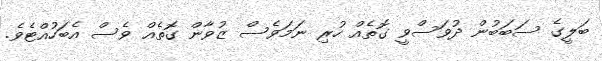
ބަލީގެ ސަބަބުން ދުވަސްވީ ގޮތެއް ހުރި ނަމަވެސް ޒުވާން ގޮތެއް ވެސް އެބަހުއްޓެވެ.